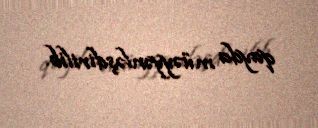
qayda müəyyənləşdirilib.